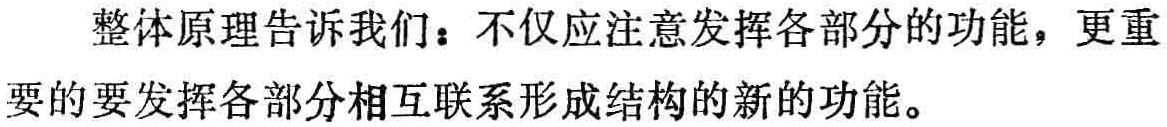
整体原理告诉我们：不仅应注意发挥各部分的功能，更重要的要发挥各部分相互联系形成结构的新的功能。